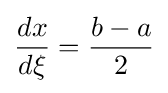
{\frac {dx}{d\xi }}={\frac {b-a}{2}}